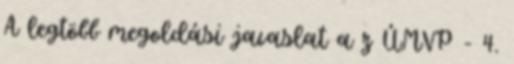
A legtöbb megoldási javaslat a z ÚMVP - 4.